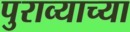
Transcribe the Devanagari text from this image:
पुराव्याच्या